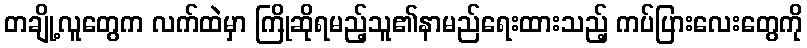
တချို့လူတွေက လက်ထဲမှာ ကြိုဆိုရမည့်သူ၏နာမည်ရေးထားသည့် ကပ်ပြားလေးတွေကို